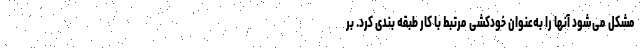
مشکل می‌شود آنها را به‌عنوان خودکشیِ مرتبط با کار طبقه بندی کرد. بر